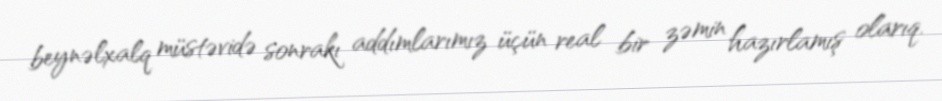
beynəlxalq müstəvidə sonrakı addımlarımız üçün real bir zəmin hazırlamış olarıq.